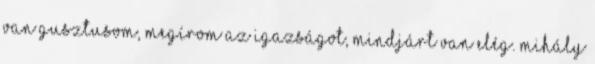
van gusztusom, megírom az igazságot, mindjárt van elég. Mihály